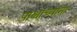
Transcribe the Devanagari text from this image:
पाश्चाच्यांना